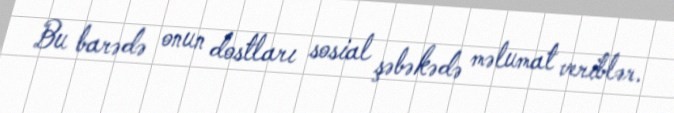
Bu barədə onun dostları sosial şəbəkədə məlumat veriblər.